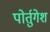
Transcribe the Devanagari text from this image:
पोर्तुगेश